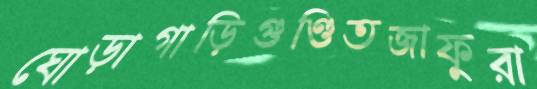
ঘোড়াগাড়িগুণ্ডিতজাফুরা